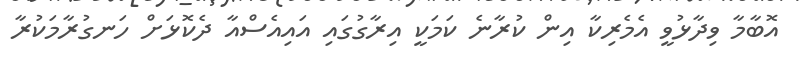
އޮބާމާ ވިދާޅުވީ އެމެރިކާ އިން ކުރާނެ ކަމަކީ އިރާގުގައި އައިއެސްއާ ދެކޮޅަށް ހަނގުރާމަކުރާ